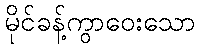
မိုင်ခန့်ကွာဝေးသော